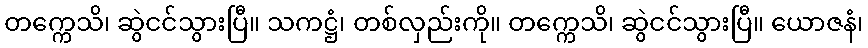
တက္ကေသိ၊ ဆွဲငင်သွားပြီ။ သကဋ္ဌံ၊ တစ်လှည်းကို။ တက္ကေသိ၊ ဆွဲငင်သွားပြီ။ ယောဇနံ၊